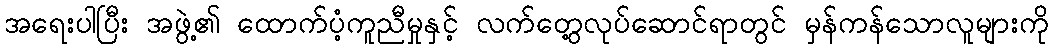
အရေးပါပြီး အဖွဲ့၏ ထောက်ပံ့ကူညီမှုနှင့် လက်တွေ့လုပ်ဆောင်ရာတွင် မှန်ကန်သောလူများကို